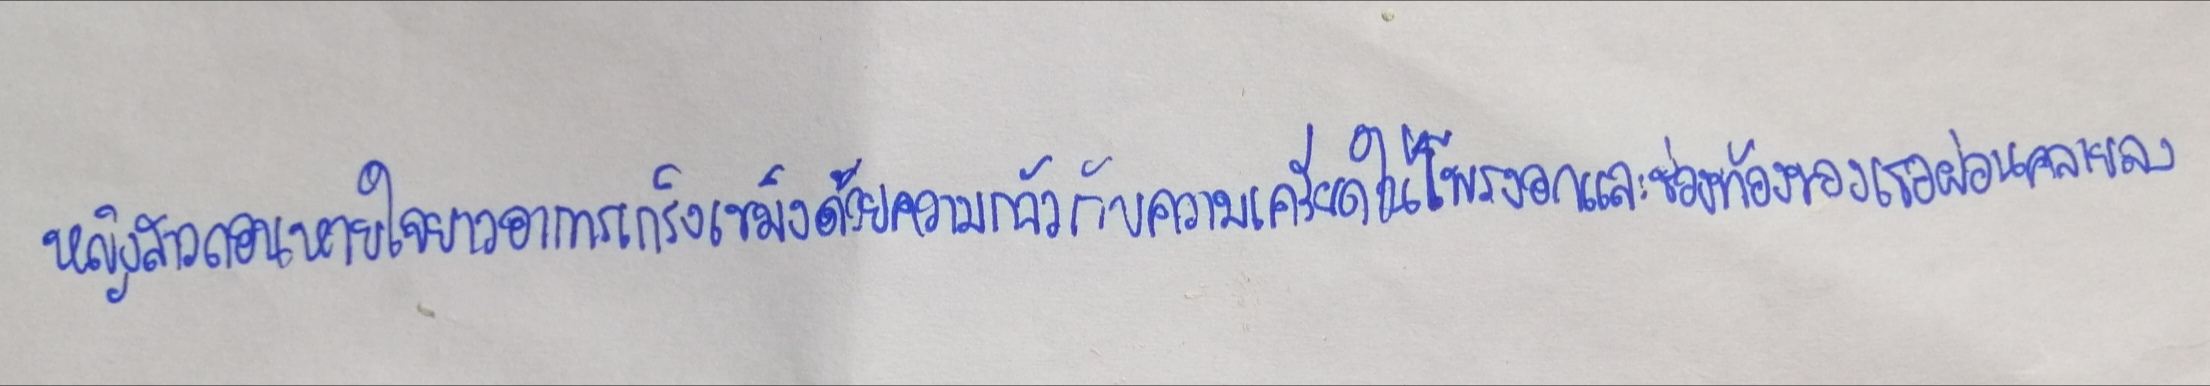
หญิงสาวถอนหายใจยาวอาการเกร็งเขม็งด้วยความกลัวกับความเครียดในโพรงอกและช่องท้องของเธอผ่อนคลายลง